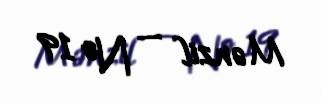
Mənzil — № 19